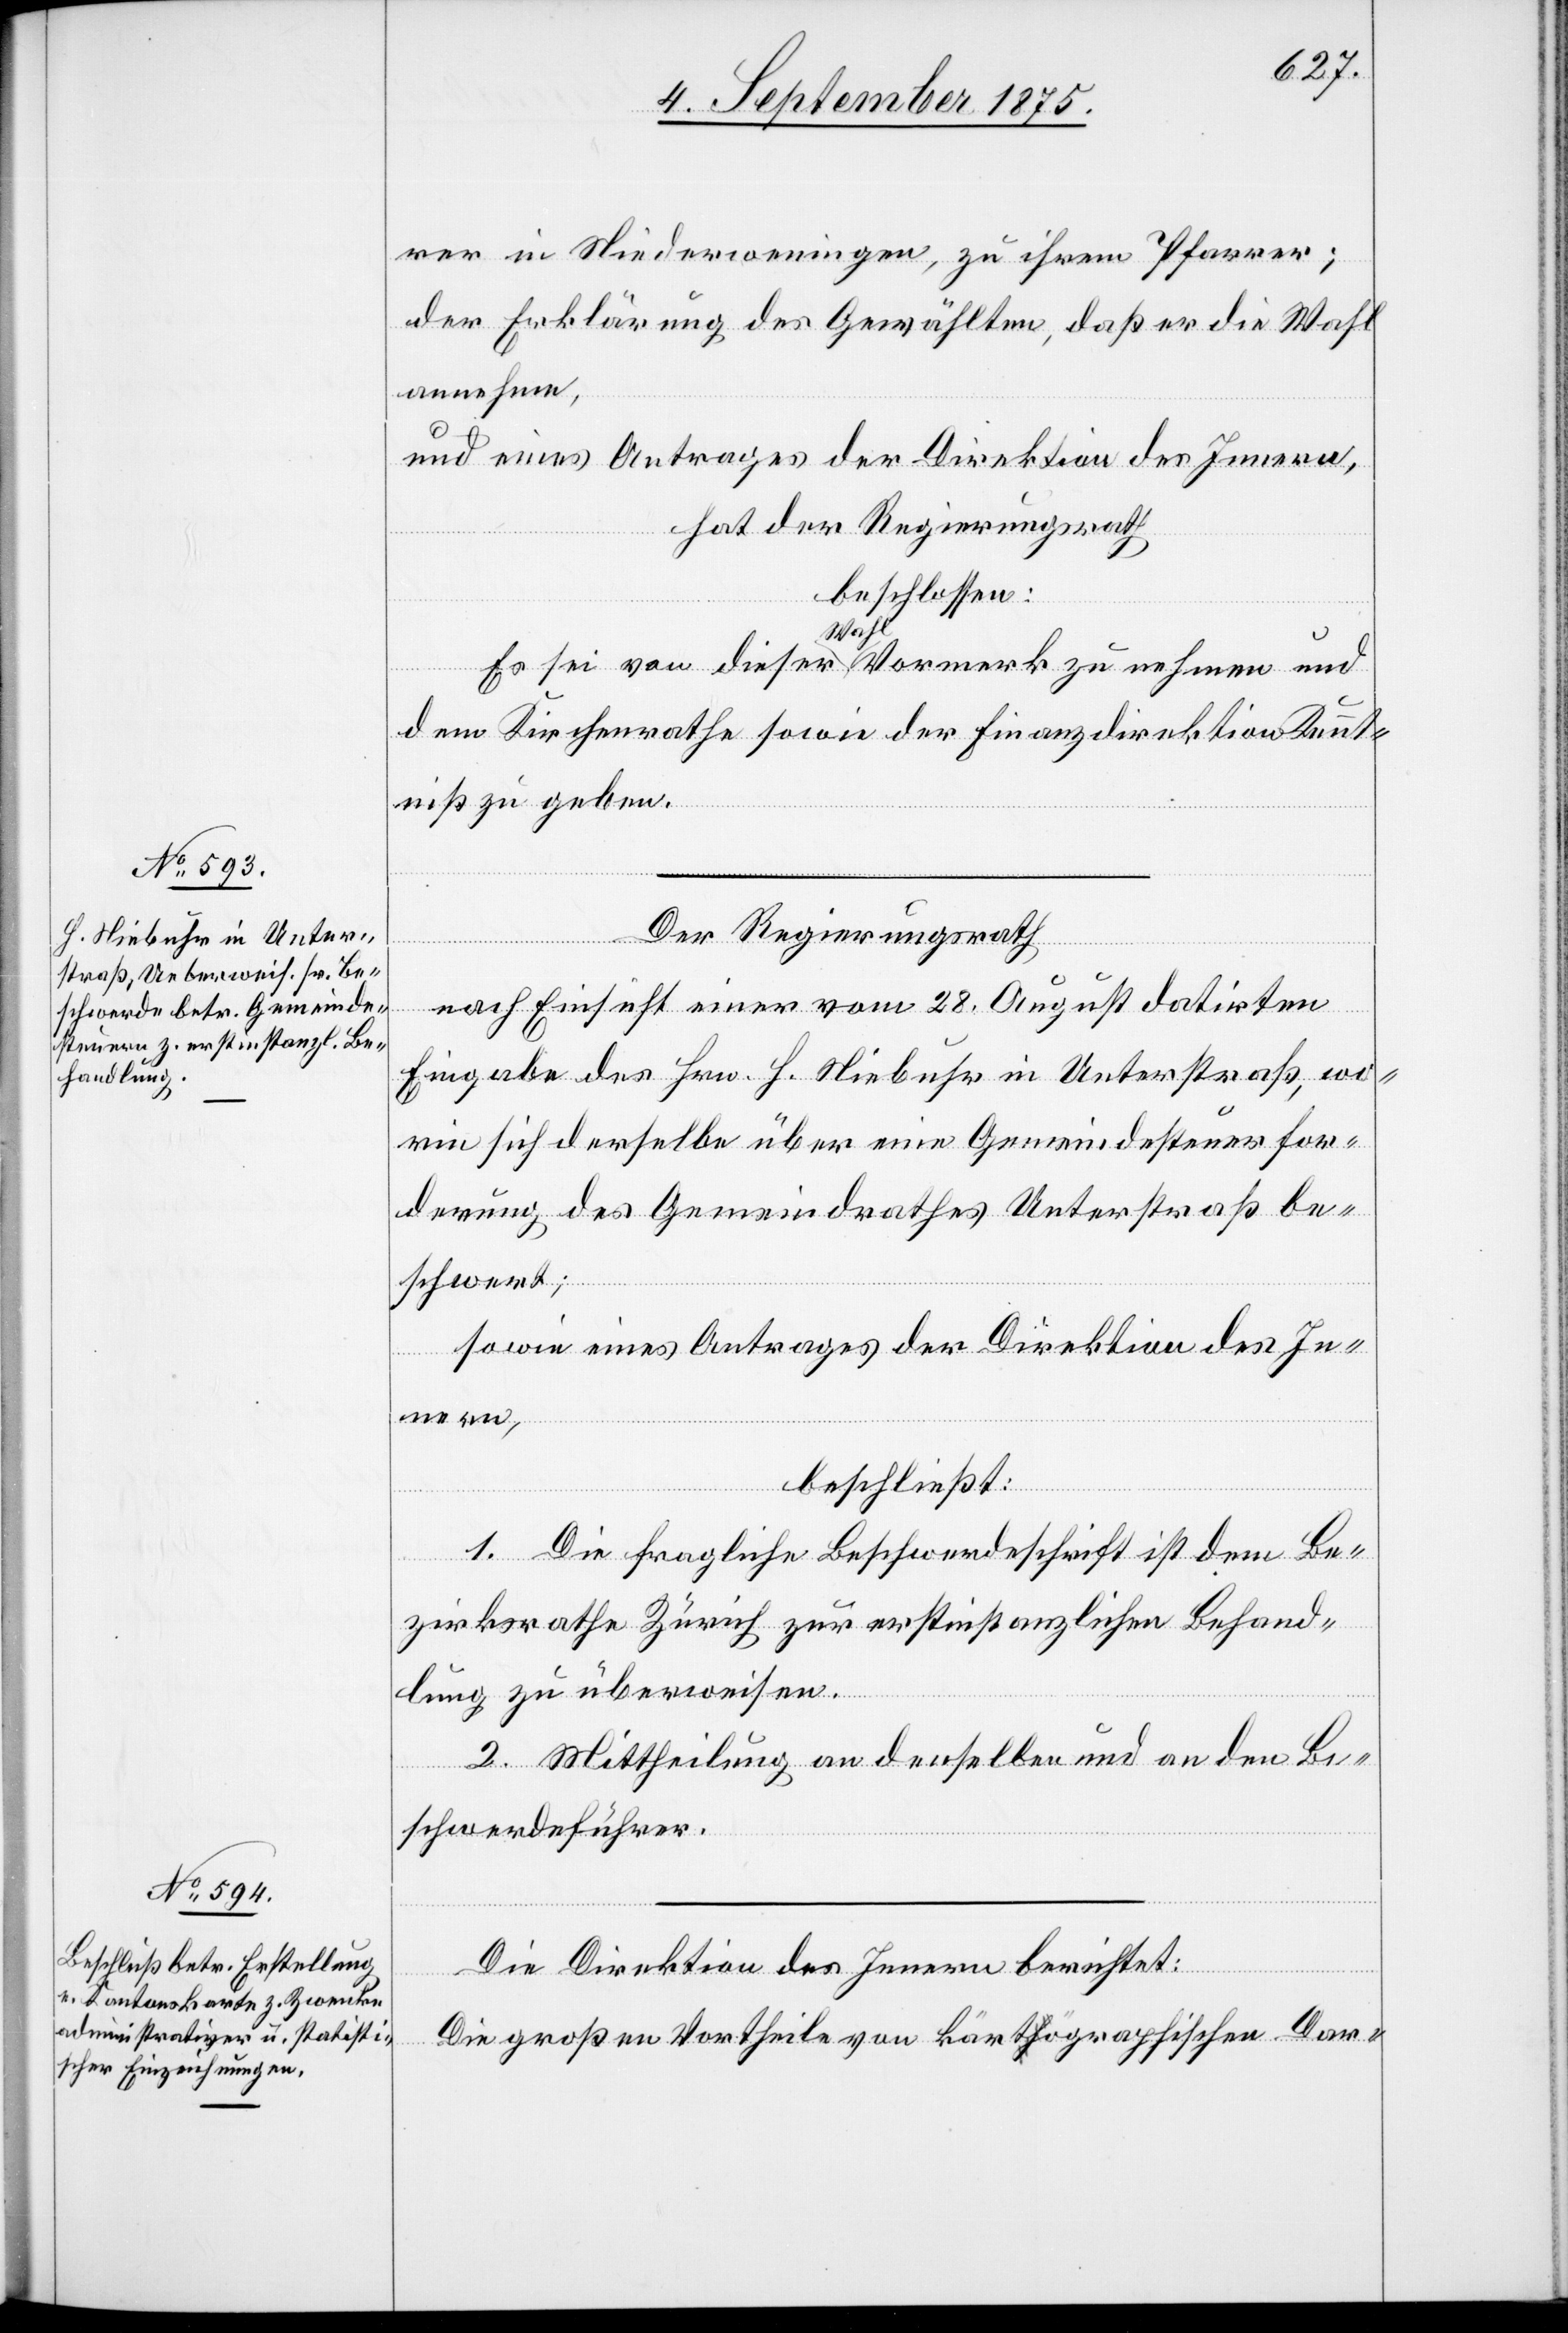
rer in Niederweningen, zu ihrem Pfarrer;
der Erklärung des Gewählten, daß er die Wahl
annehme,
und eines Antrages der Direktion des Innern,
hat der Regierungsrath
beschlossen:
ic!]
Es sei von dieser Wahl Vormerk zu nehmen und
dem Kirchenrathe sowie der Finanzdirektion Kennt¬
niß zu geben.
Der Regierungsrath,
nach Einsicht eines vom 28. August datirten
Eingabe des Hrn. Niebuhr in Unterstraß, wo¬
rin sich derselbe über eine Gemeindesteuerfor¬
derung des Gemeindrathes Unterstraß be¬
schwert;
sowie eines Antrages der Direktion des In¬
nern,
beschließt:
1. Die fragliche Beschwerdeschrift ist dem Be¬
Dar-
zirksrathe Zürich zur erstinstanzlichen Behand¬
2. Mittheilung an denselben und an den Be¬
schwerdeführer.
üb¬
Die Direktion des Innern berichtet:
Die großen Vortheile von kärtögraphischen [s¬